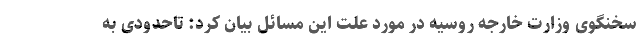
سخنگوی وزارت خارجه روسیه در مورد علت این مسائل بیان کرد: تاحدودی به